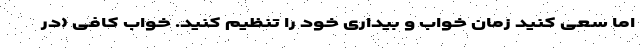
اما سعی کنید زمان خواب و بیداری خود را تنظیم کنید. خواب کافی ‌‌‌‌(در